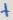
Text: +